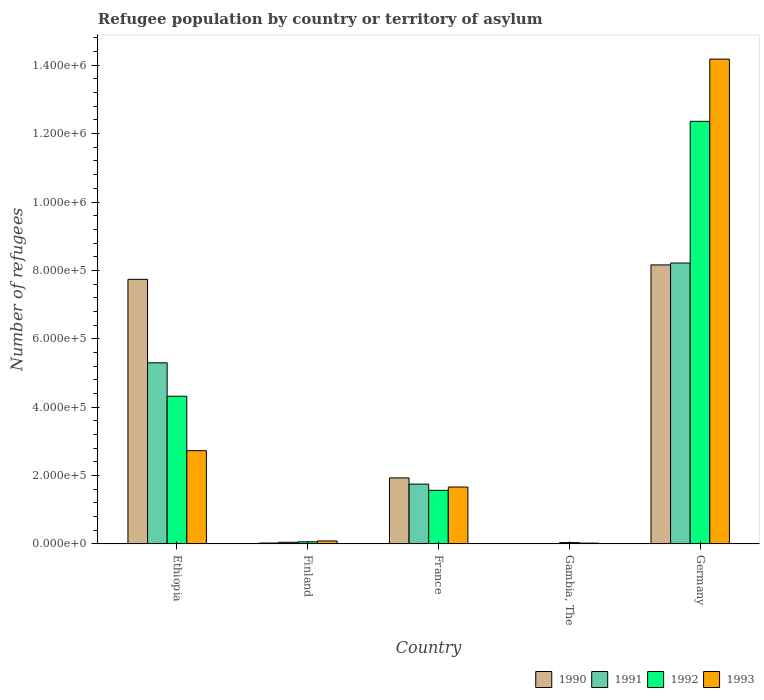
| Country | 1990 | 1991 | 1992 | 1993 |
 | --- | --- | --- | --- | --- |
 | Ethiopia | 7.74e+05 | 5.3e+05 | 4.32e+05 | 2.73e+05 |
 | Finland | 2.35e+03 | 4.56e+03 | 5.95e+03 | 8.51e+03 |
 | France | 1.93e+05 | 1.75e+05 | 1.57e+05 | 1.66e+05 |
 | Gambia, The | 78 | 241 | 3.63e+03 | 2.19e+03 |
 | Germany | 8.16e+05 | 8.22e+05 | 1.24e+06 | 1.42e+06 |